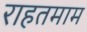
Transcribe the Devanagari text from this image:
राहतमाम